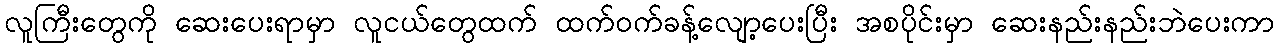
လူကြီးတွေကို ဆေးပေးရာမှာ လူငယ်တွေထက် ထက်ဝက်ခန့်လျော့ပေးပြီး အစပိုင်းမှာ ဆေးနည်းနည်းဘဲပေးကာ